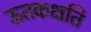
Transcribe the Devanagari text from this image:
ऊतकक्षति